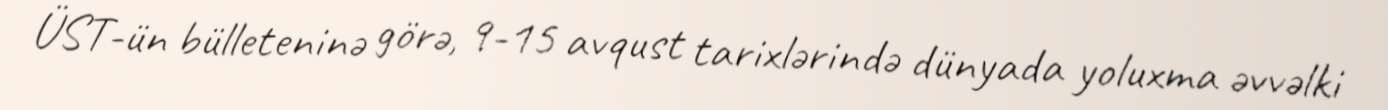
ÜST-ün bülleteninə görə, 9-15 avqust tarixlərində dünyada yoluxma əvvəlki